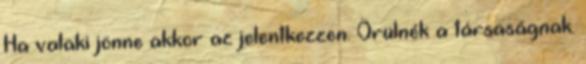
Ha valaki jönne akkor az jelentkezzen. Örülnék a társaságnak.